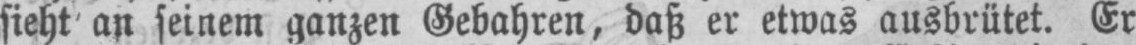
sieht an seinem ganzen Gebahren, daß er etwas ausbrütet. Er